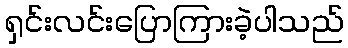
ရှင်းလင်းပြောကြားခဲ့ပါသည်